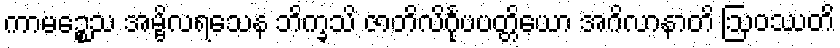
ကာမဉ္စေသ အမ္ဗိလရသေန ဘိက္ခသိ ဇာတိလိင်္ဂုပပတ္တိယော အဂိလာနာတိ ဩဝဿတိ